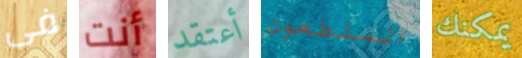
فى أنت أعتقد السلطعون يمكنك